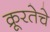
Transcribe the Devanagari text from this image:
क्रूरतेचे